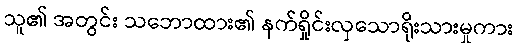
သူ၏ အတွင်း သဘောထား၏ နက်ရှိုင်းလှသောရိုးသားမှုကား